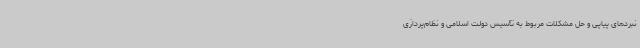
نبردهای پیاپی و حل مشکلات مربوط به تأسیس دولت اسلامی و نظام‌پردازی